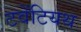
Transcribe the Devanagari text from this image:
टवेंटियथ